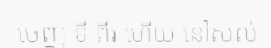
ចេញ ទី ពីរ ហើយ នៅសល់